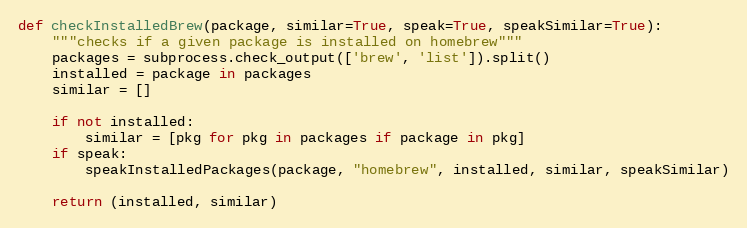
Language: Python
def checkInstalledBrew(package, similar=True, speak=True, speakSimilar=True):
    """checks if a given package is installed on homebrew"""
    packages = subprocess.check_output(['brew', 'list']).split()
    installed = package in packages
    similar = []

    if not installed:
        similar = [pkg for pkg in packages if package in pkg]
    if speak:
        speakInstalledPackages(package, "homebrew", installed, similar, speakSimilar)

    return (installed, similar)